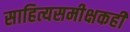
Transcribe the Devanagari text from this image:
साहित्यसमीक्षकही